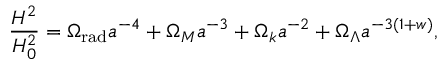
\frac { H ^ { 2 } } { H _ { 0 } ^ { 2 } } = \Omega _ { \mathrm { r a d } } a ^ { - 4 } + \Omega _ { M } a ^ { - 3 } + \Omega _ { k } a ^ { - 2 } + \Omega _ { \Lambda } a ^ { - 3 ( 1 + w ) } ,